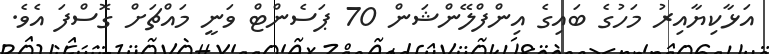
އަޅާކިޔާއިރު މަހުގެ ބައިގެ އިންފްލޭންޝަން 70 ޕަސެންޓް ވަނީ މައްޗަށް ގޮސްފަ އެވެ.